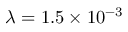
\lambda = 1 . 5 \times 1 0 ^ { - 3 }